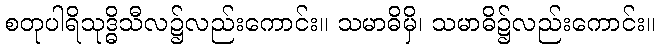
စတုပါရိသုဒ္ဓိသီလ၌လည်းကောင်း။ သမာဓိမှိ၊ သမာဓိ၌လည်းကောင်း။